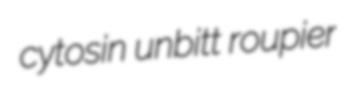
cytosin unbitt roupier